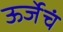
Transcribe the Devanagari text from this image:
ऊर्जेचं